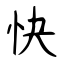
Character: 快